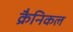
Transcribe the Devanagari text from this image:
क्रैनिकल